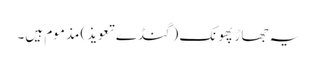
یہ جھاڑ پھونک (گنڈے تعویذ) مذموم ہیں۔